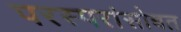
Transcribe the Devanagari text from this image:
परस्परांसोबत